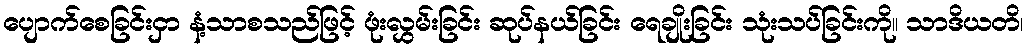
ပျောက်စေခြင်းငှာ နံ့သာစသည်ဖြင့် ဖုံးလွှမ်းခြင်း ဆုပ်နယ်ခြင်း ရေချိုးခြင်း သုံးသပ်ခြင်းကို။ သာဒိယတိ၊